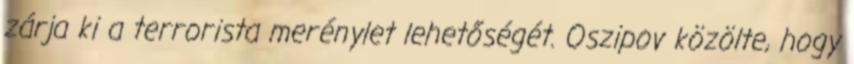
zárja ki a terrorista merénylet lehetőségét. Oszipov közölte, hogy